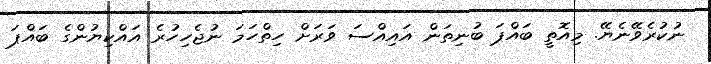
ނުކުރެވޭނެޔޭ. މިއޮތީ ބައްޕަ ބުނިތަން އައިއްސަ ވަރަށް ހިތްހަމަ ނުޖެހިހުރެ އައްކިޔުންގެ ބައްޕަ